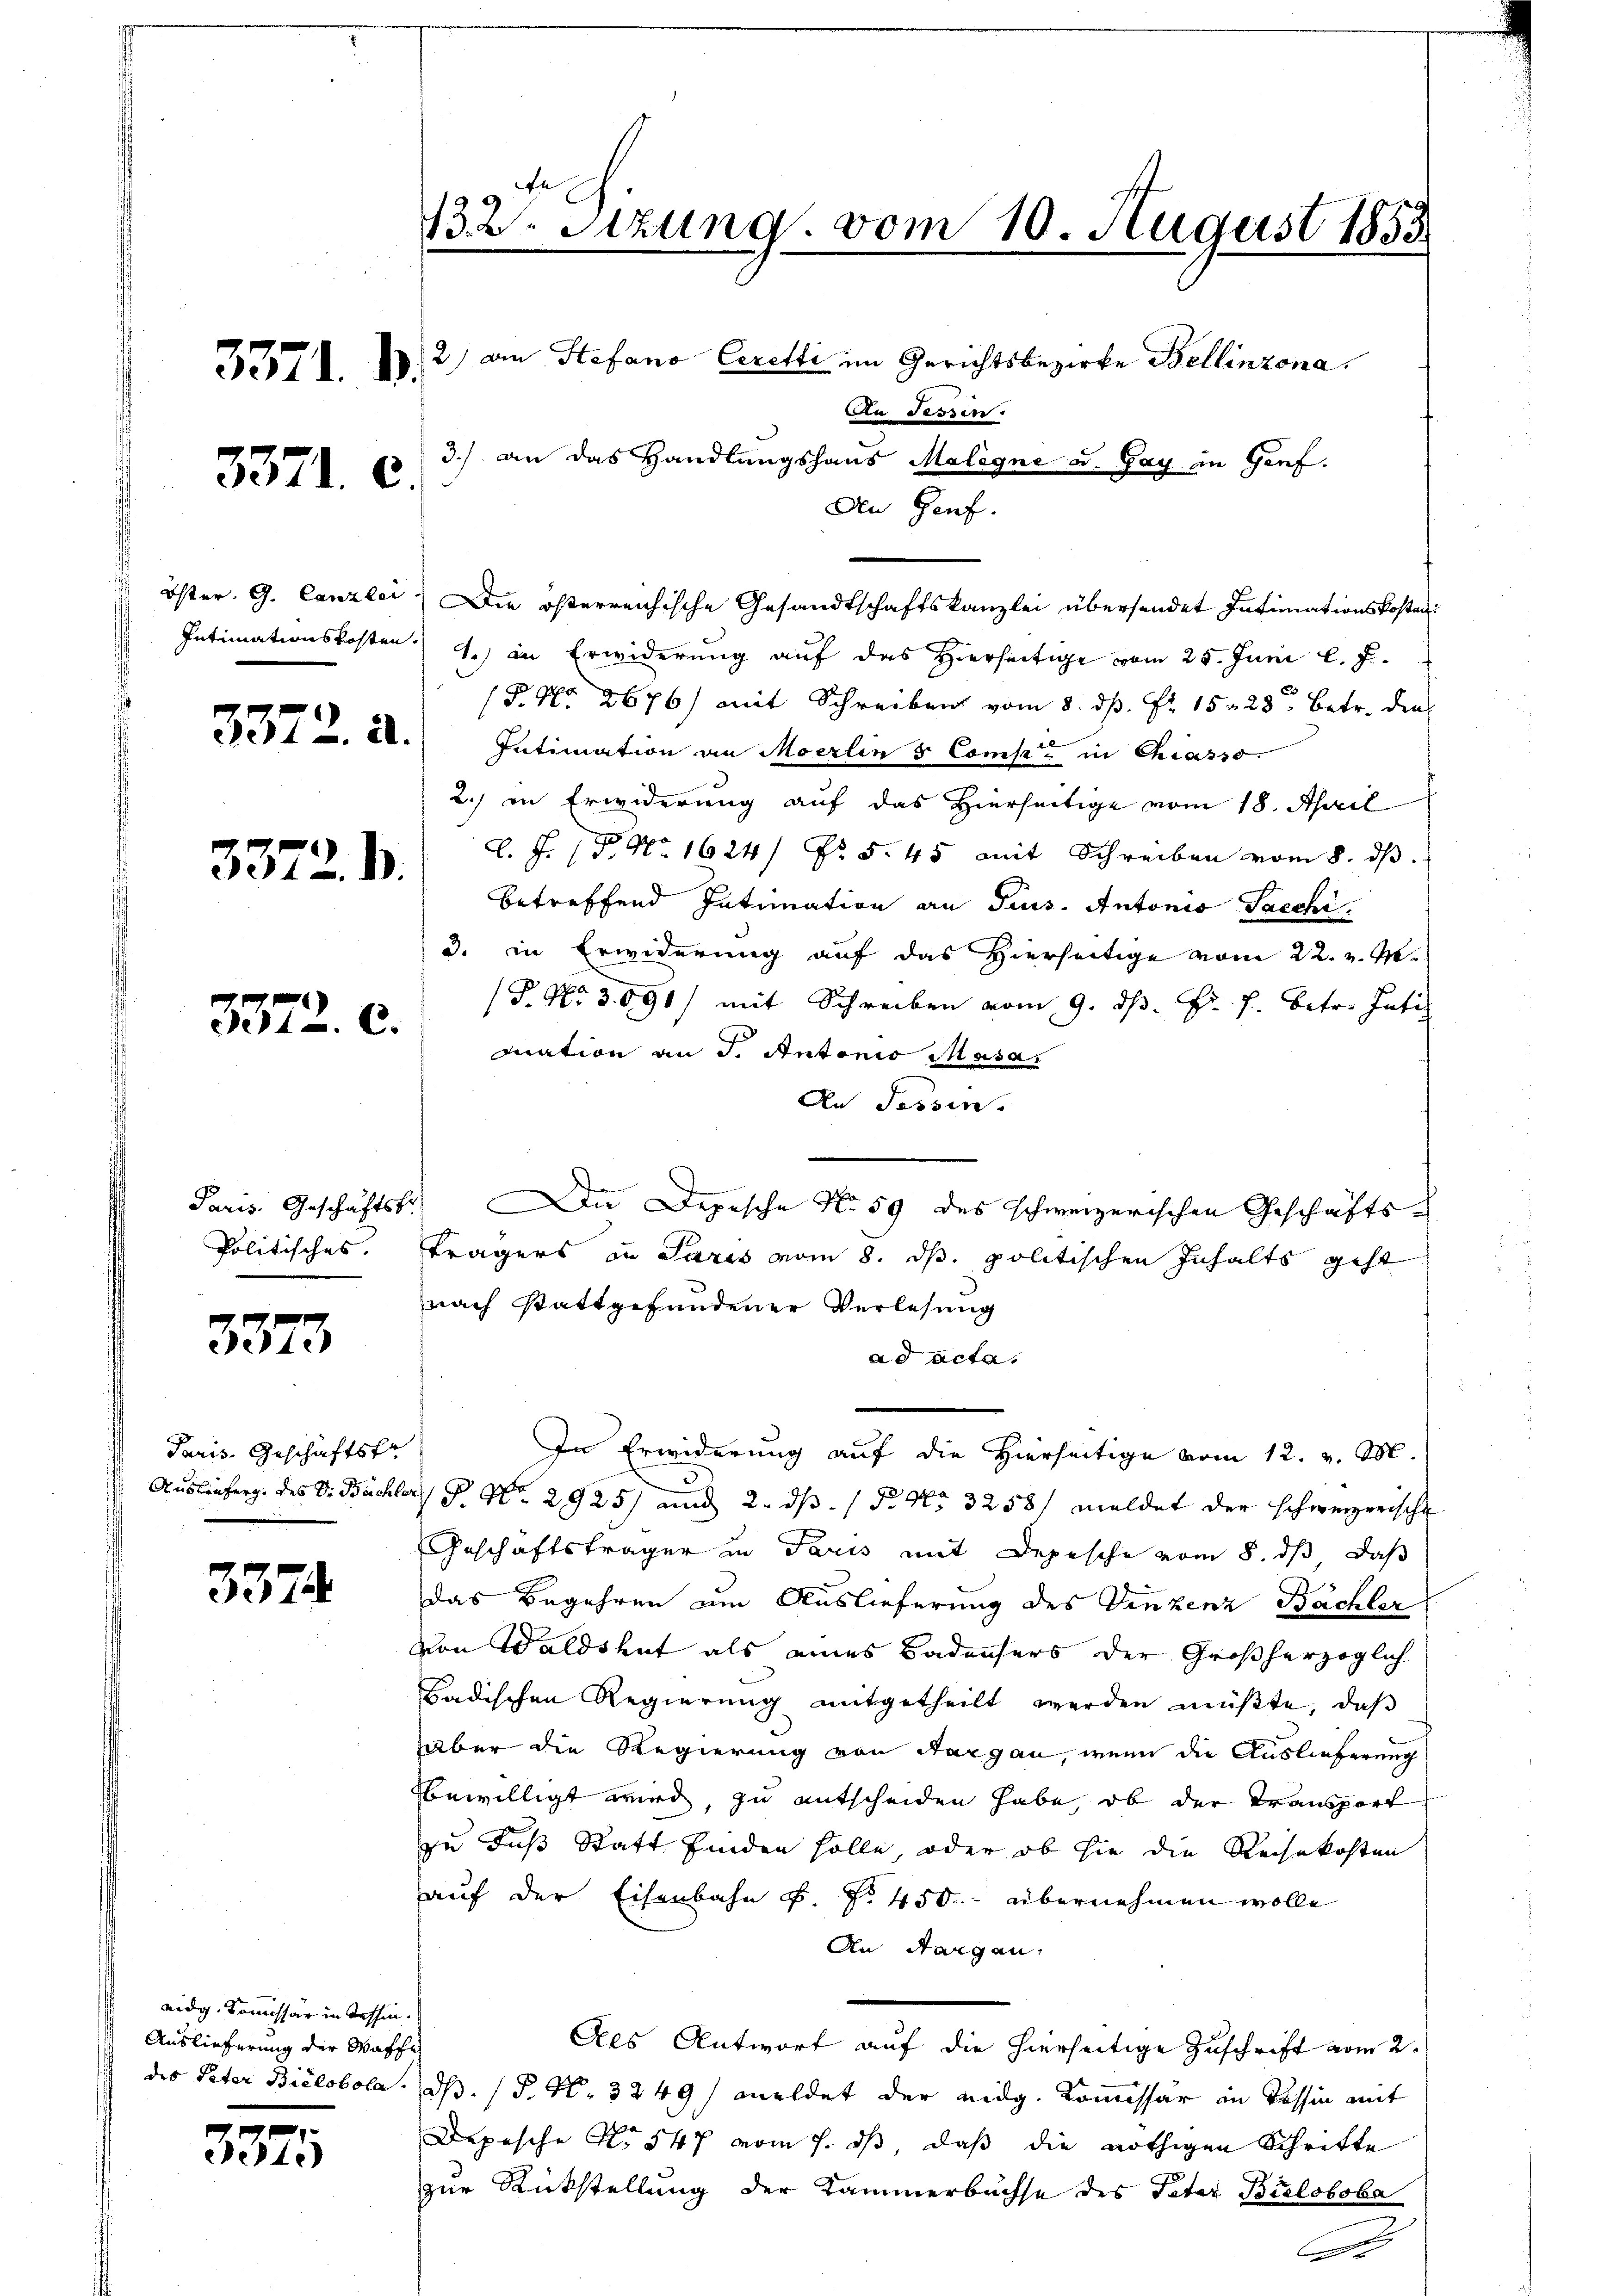
3371. d.

3371. e

Öster. G. Canzlei
Intimationskosten.

3372. a.

3372. B.

3372. c.

Paris. Geschäftsfr
Politisches |

3373

Paris. Geschäftsfr
Auslieferg. des Dr. Bach

3379.

eidg. Kommissär in deshin.
Auslieferung der Waffe
des Peter Bielobola-

3375

ce
132. Sitzung vom 10. August 1853
2) an Stefano Ceretti im Gerichtsbezirke Bellinzona.
An Sessen.
3.) an das Handlungshaus Maligne u. Gay in Genf.
An Genf.

Die österreichische Gesandtschaftskanzlei übersendet Intimationskosten
1.) in Erwiderung auf das Hierseitige vom 25. Juni l. J.
(P. Nr. 2676) mit Schreiben vom 8. ds. Fr. 15. 28. Betr. den
Intimation an Moerlin 3 Comp. in Chiasso
2.) in Erwiderung auf das Hierseitige vom 18. April
l. J. (T. No. 1624/ No. 5. 45 mit Schreiben vom 8. dβ.
betreffend Intimation an Prus. Antonis Sacchi.
3. in Erwiderung auf das Hierseitige vom 22. v. M.
a
(P. N. 3. 590) mit Schreiben vom 9. d. J. J. betr. Inti
mation an J. Antonio Masas
An Sessen.
ie Depesche No 59 des schweizerischen Geschäfts-
Trägers in Paris vom 8. ds. politischen Inhalts geht
nach stattgefundener Verlesung
ad acta.
In Erwiderung auf die Hierseitige vom 12. v. M.
P. No. 2925) und 2. ds. / P. Nr. 3258/ meldet der schweizerische
Geschäftsträger in Paris mit Depesche vom 8. dß daß
.
Das Begehren um Auslieferung des Denkenz Bachler
von Waldshut als eines Badensers der Großherzoglich
Badischen Regierung mitgetheilt werden müßte, daß
aber die Regierung von Aargau, wenn die Auslieferung
bewilligt wird, zu entscheiden habe, ob der Transport
zu Fuß Statt finden solle, oder ob sie die Reisekosten
auf der Eisenbahn f No 450. übernehmen wolle
An Sargau.
Als Antwort auf die hierseitige Zuschrift vom 2.
dß. / P. Nr. 3249/ meldet der eidg. Kommissar in Tessin mit
Depesche No 547 vom 7. ds, daß die nöthigen Schrifte
zur Rückstellung der Kammerbüchse des Peter Bieloboba
.